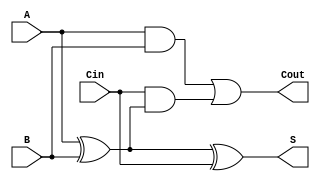
module async_full_adder (
    input wire A,         // First input bit
    input wire B,         // Second input bit
    input wire Cin,       // Carry input
    output wire S,        // Sum output
    output wire Cout      // Carry output
);

// Calculate the sum output using XOR gates
assign S = A ^ B ^ Cin;

// Calculate the carry output
assign Cout = (A & B) | (Cin & (A ^ B));

endmodule